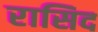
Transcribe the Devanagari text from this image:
रासिद